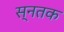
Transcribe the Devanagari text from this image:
स्नतक